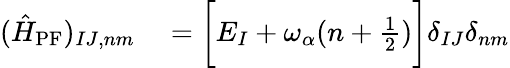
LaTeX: \begin{array}{rl}{(\hat{H}_{\mathrm{PF}})_{IJ,nm}}&{{}=\bigg[E_{I}+\omega_{\alpha}(n+\frac{1}{2})\bigg]\delta_{IJ}\delta_{nm}}\end{array}